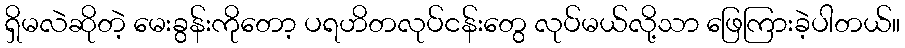
ရှိမလဲဆိုတဲ့ မေးခွန်းကိုတော့ ပရဟိတလုပ်ငန်းတွေ လုပ်မယ်လို့သာ ဖြေကြားခဲ့ပါတယ်။